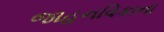
જાહનવિકાના